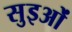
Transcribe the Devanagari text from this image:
सुइओं